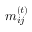
{ m } _ { i j } ^ { ( t ) }